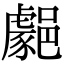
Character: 𨞦